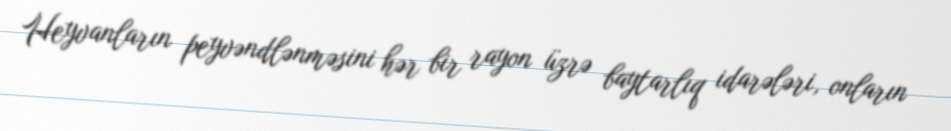
Heyvanların peyvəndlənməsini hər bir rayon üzrə baytarlıq idarələri, onların